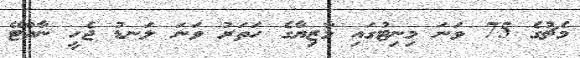
މެޗުގެ 75 ވަނަ މިނިޓުގައި މާޒިޔާގެ ހަތަރު ވަނަ ލަނޑު ޖެހީ ނާއްޓޭ